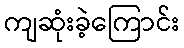
ကျဆုံးခဲ့ကြောင်း